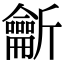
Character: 𪛊